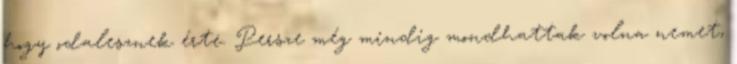
hogy odalesznek érte. Persze még mindig mondhattak volna nemet,